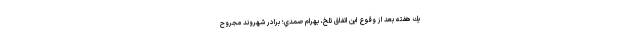
يك هفته بعد از وقوع اين اتفاق تلخ، بهرام صمدي؛ برادر شهروند مجروح